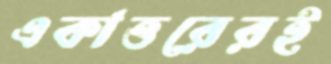
একাত্তরেরই